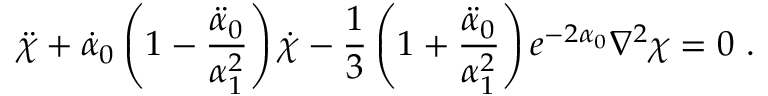
\ddot { \chi } + \dot { \alpha } _ { 0 } \left( 1 - \frac { \ddot { \alpha } _ { 0 } } { \alpha _ { 1 } ^ { 2 } } \right) \dot { \chi } - \frac { 1 } { 3 } \left( 1 + \frac { \ddot { \alpha } _ { 0 } } { \alpha _ { 1 } ^ { 2 } } \right) e ^ { - 2 \alpha _ { 0 } } \nabla ^ { 2 } \chi = 0 \ .